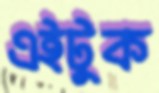
এইটুক